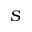
S